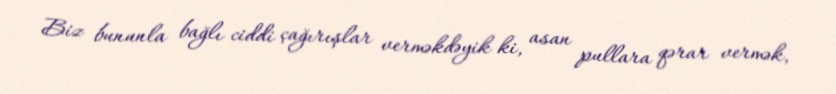
Biz bununla bağlı ciddi çağırışlar verməkdəyik ki, asan pullara qərar vermək,